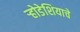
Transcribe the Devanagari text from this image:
र्‍होडेशियाचे